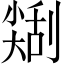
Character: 𠟥